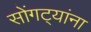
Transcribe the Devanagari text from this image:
सोंगट्यांना